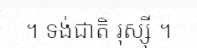
។ ទង់ជាតិ រុស្ស៊ី ។